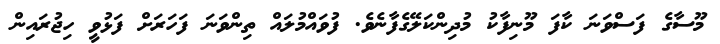
މޫސާގެ ފަސްވަނަ ކާފަ މޫނިފާކު މުދިންކަލޭގެފާނެވެ. ފުވައްމުލައް ތިންވަނަ ފަހަރަށް ފަޅުވީ ހިޖުރައިން